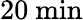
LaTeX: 20\ \mathrm{min}